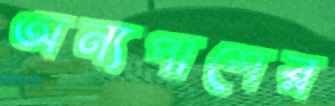
অন্যপাশের